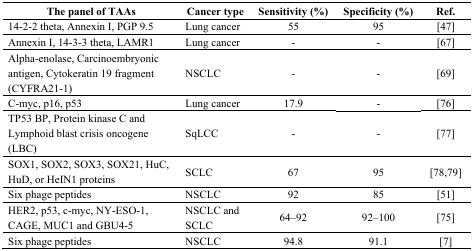
<table><thead><tr><td><b>The panel of TAAs</b></td><td><b>Cancer type</b></td><td><b>Sensitivity (%)</b></td><td><b>Specificity (%)</b></td><td><b>Ref.</b></td></tr></thead><tbody><tr><td>14-2-2 theta, Annexin I, PGP 9.5</td><td>Lung cancer</td><td>55</td><td>95</td><td>[47]</td></tr><tr><td>Annexin I, 14-3-3 theta, LAMR1</td><td>Lung cancer</td><td>-</td><td>-</td><td>[67]</td></tr><tr><td>Alpha-enolase, Carcinoembryonic antigen, Cytokeratin 19 fragment (CYFRA21-1)</td><td>NSCLC</td><td>-</td><td>-</td><td>[69]</td></tr><tr><td>C-myc, p16, p53</td><td>Lung cancer</td><td>17.9</td><td>-</td><td>[76]</td></tr><tr><td>TP53 BP, Protein kinase C and Lymphoid blast crisis oncogene (LBC)</td><td>SqLCC</td><td>-</td><td>-</td><td>[77]</td></tr><tr><td>SOX1, SOX2, SOX3, SOX21, HuC, HuD, or HeIN1 proteins</td><td>SCLC</td><td>67</td><td>95</td><td>[78,79]</td></tr><tr><td>Six phage peptides</td><td>NSCLC</td><td>92</td><td>85</td><td>[51]</td></tr><tr><td>HER2, p53, c-myc, NY-ESO-1, CAGE, MUC1 and GBU4-5</td><td>NSCLC and SCLC</td><td>64–92</td><td>92–100</td><td>[75]</td></tr><tr><td>Six phage peptides</td><td>NSCLC</td><td>94.8</td><td>91.1</td><td>[7]</td></tr></tbody></table>